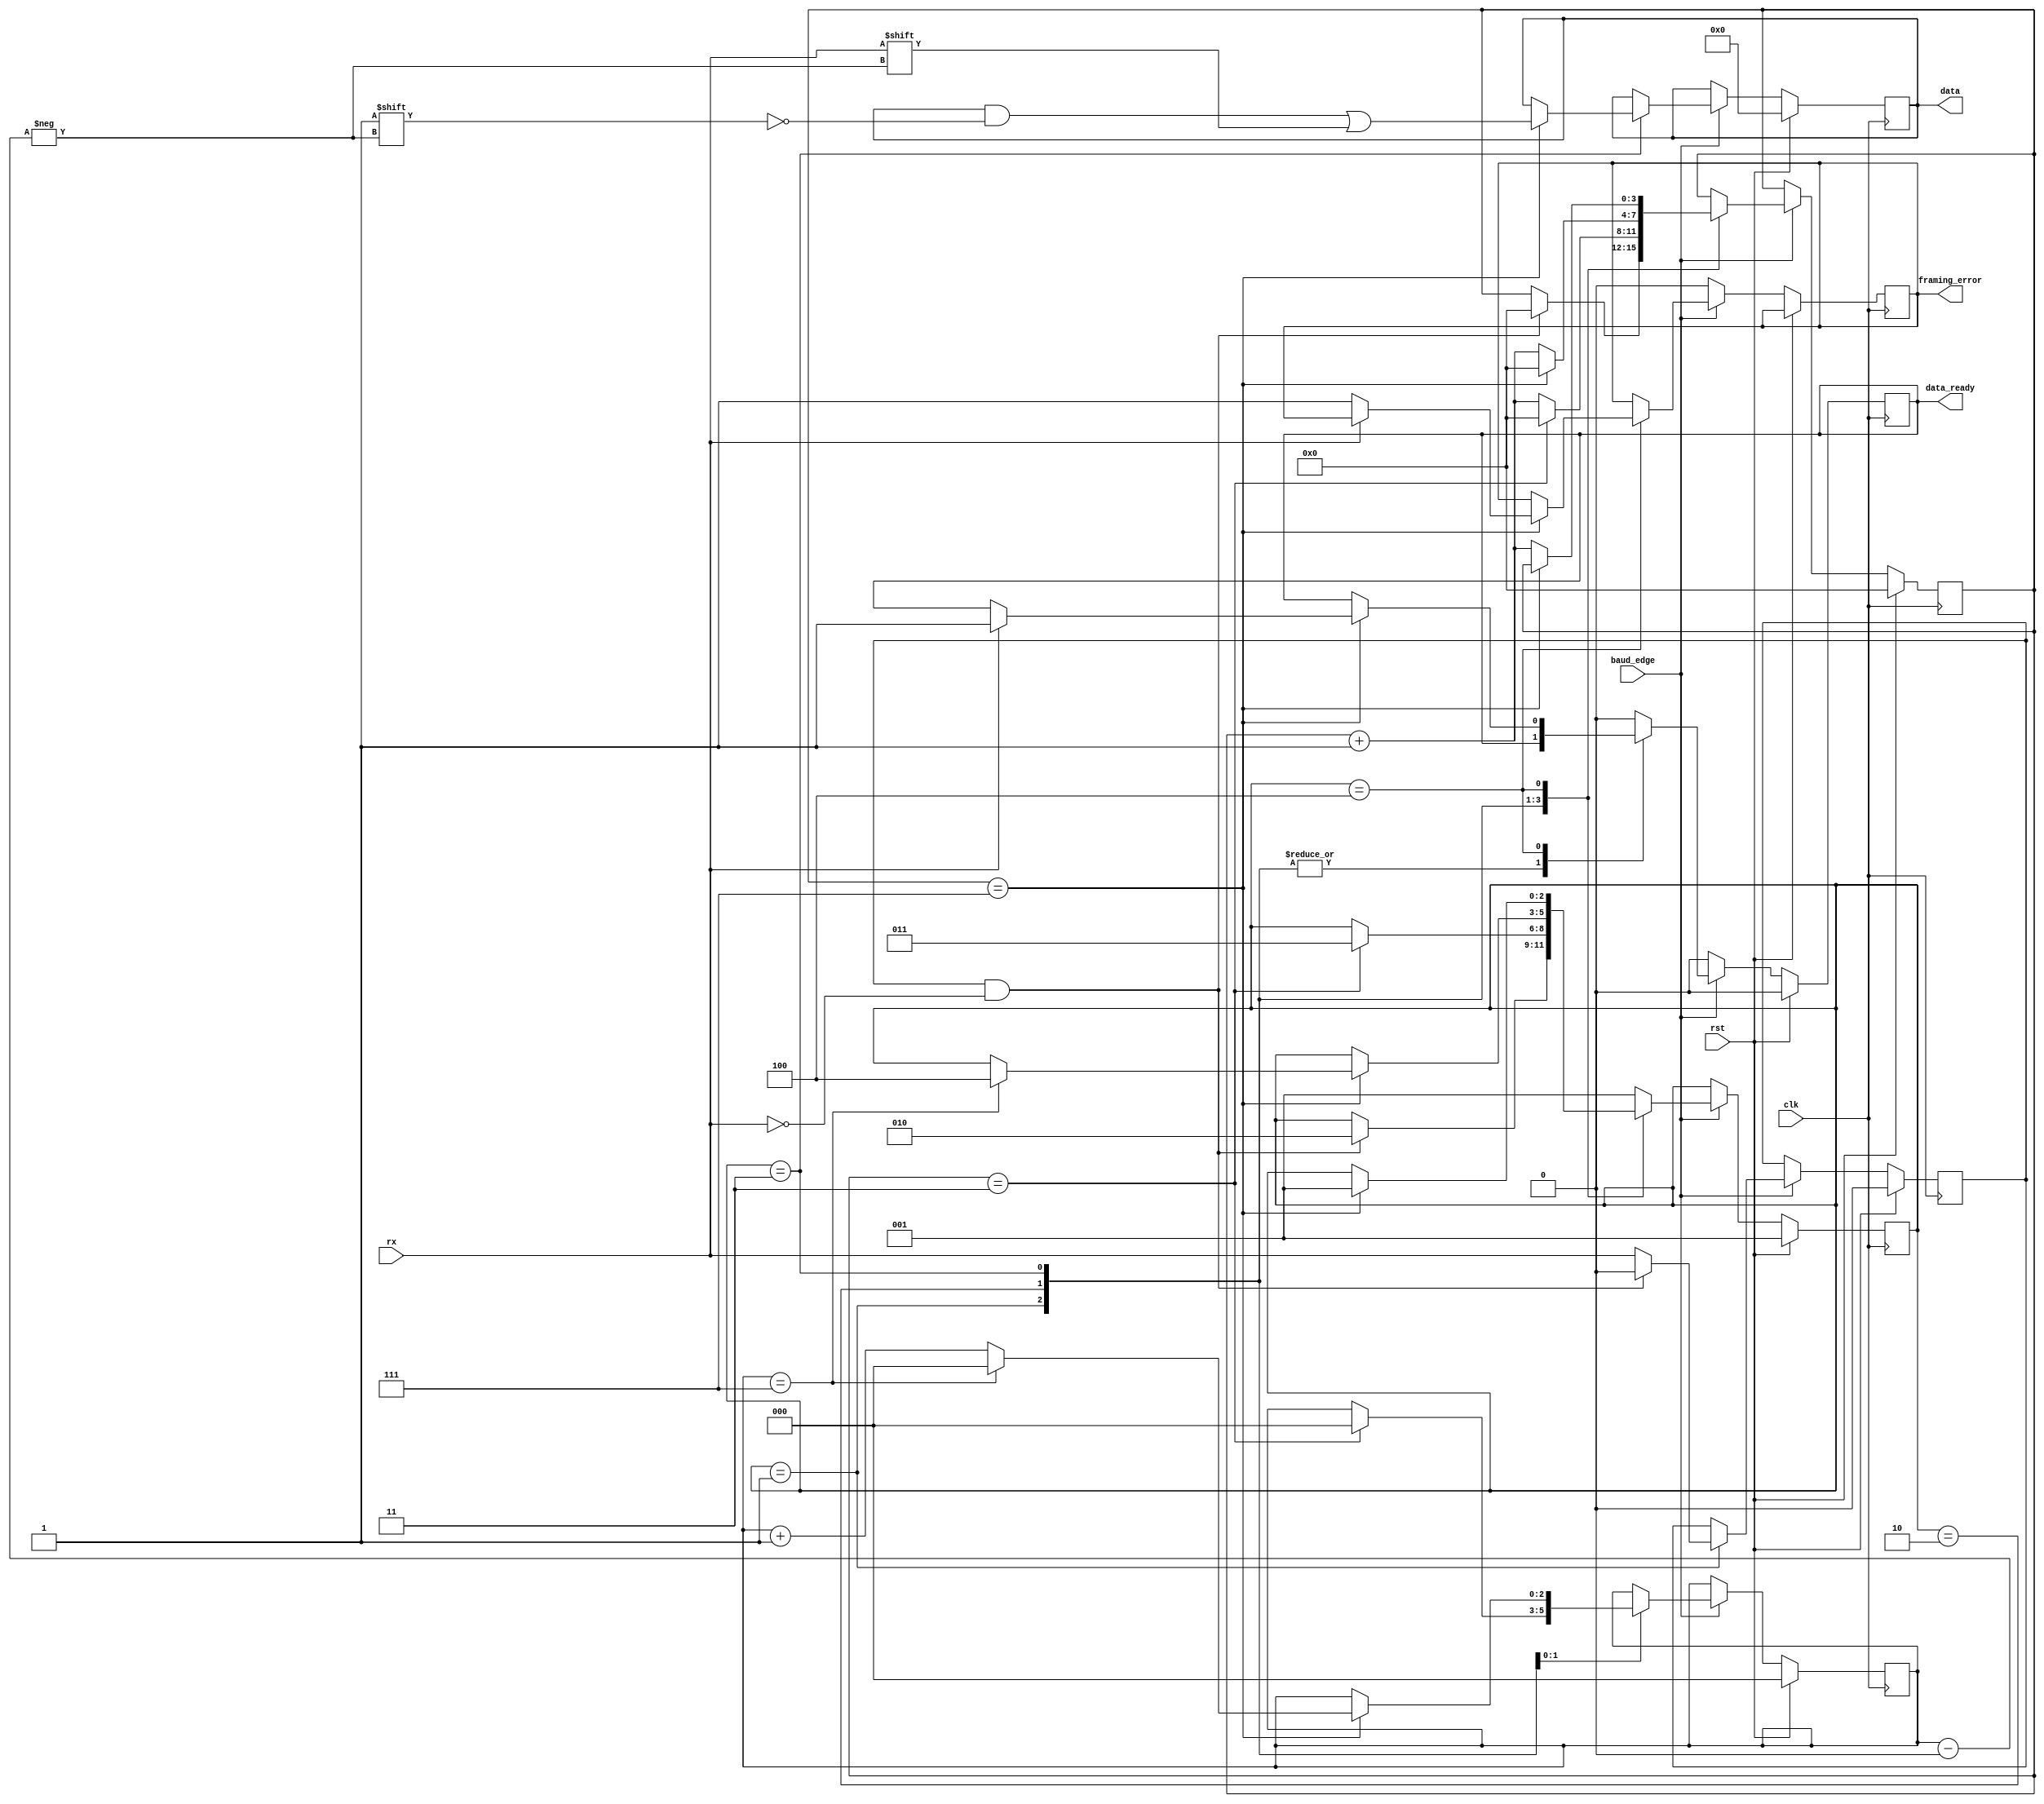
module UART_RX(
    input rst, clk, baud_edge, rx,
    output [7:0] data,
    output data_ready, framing_error
);
    parameter OVERSAMPLE = 8;
    localparam FIND_EDGE = 3'd1, START = 3'd2, DATA = 3'd3, END = 3'd4;

    reg prev_rx;
    reg [7:0] data_reg;
    reg [2:0] data_counter;
    reg [2:0] state = 0;
    reg [$clog2(OVERSAMPLE+OVERSAMPLE/2)-1:0] over_sample_counter = 0;

    reg data_ready_reg = 0;
    reg framing_error_reg = 0;

    assign data = data_reg;
    assign data_ready = data_ready_reg;
    assign framing_error = framing_error_reg;

    always @(posedge clk) begin
        if(rst) begin
            data_reg <= 0;
            prev_rx <= 0;
            data_ready_reg <= 0;
            state <= FIND_EDGE;
            data_counter <= 0;
            over_sample_counter <= 0;
        end else if(baud_edge) begin
            case(state)
                FIND_EDGE: begin
                    prev_rx <= rx;

                    if(prev_rx & !rx) begin
                        state <= START;
                        prev_rx <= 0;
                        over_sample_counter <= 0;
                    end
                end
                START: begin
                    // Align sample edge in the middle of the pulses.
                    if(over_sample_counter == OVERSAMPLE/2-1) begin
                        over_sample_counter <= 0;
                        data_counter <= 0;
                        state <= DATA;
                    end else begin
                        over_sample_counter <= over_sample_counter + 1;
                    end
                end
                DATA: begin
                    if(over_sample_counter == OVERSAMPLE-1) begin
                        over_sample_counter <= 0;
                        data_reg[data_counter] <= rx;
                        if(data_counter == 7) begin
                            state <= END;
                            data_counter <= 0;
                        end else begin
                            data_counter <= data_counter + 1;
                        end
                    end else begin
                        over_sample_counter <= over_sample_counter + 1;
                    end
                end
                END: begin
                    if(over_sample_counter == OVERSAMPLE-1) begin
                        if(rx) begin
                            data_ready_reg <= 1;
                        end else begin
                            framing_error_reg <= 1;
                        end
                        state <= FIND_EDGE;
                    end else begin
                        over_sample_counter <= over_sample_counter + 1;
                    end

                end
                default: begin
                    data_ready_reg <= 0;
                    state <= FIND_EDGE;
                end
            endcase
        end else begin
            data_ready_reg <= 0;
            framing_error_reg <= 0;
        end
    end
endmodule